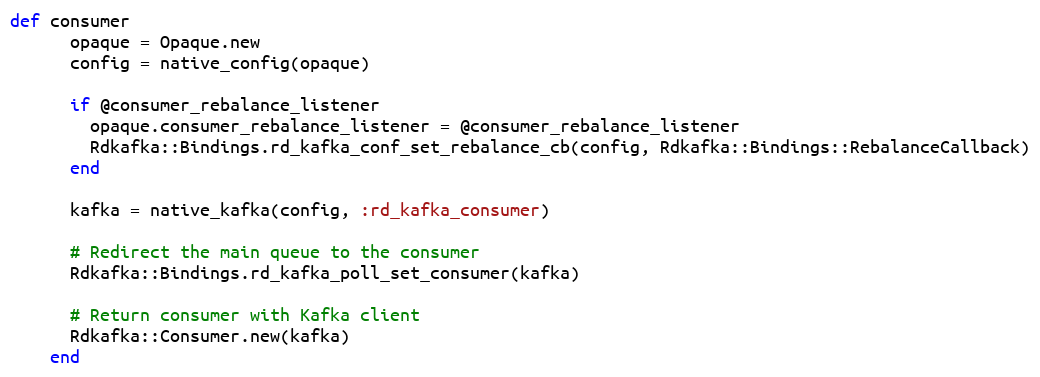
Language: Ruby
def consumer
      opaque = Opaque.new
      config = native_config(opaque)

      if @consumer_rebalance_listener
        opaque.consumer_rebalance_listener = @consumer_rebalance_listener
        Rdkafka::Bindings.rd_kafka_conf_set_rebalance_cb(config, Rdkafka::Bindings::RebalanceCallback)
      end

      kafka = native_kafka(config, :rd_kafka_consumer)

      # Redirect the main queue to the consumer
      Rdkafka::Bindings.rd_kafka_poll_set_consumer(kafka)

      # Return consumer with Kafka client
      Rdkafka::Consumer.new(kafka)
    end